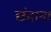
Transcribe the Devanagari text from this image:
छंदाना